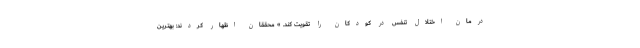
درمان اختلال تنفس در کودکان را تقویت کند. » محققان اظهار کردند: بهترین